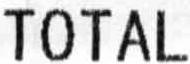
TOTAL